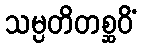
သမ္ပတိတစ္ဆဝိံ